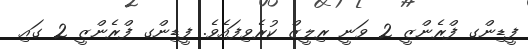
ފީޑިންގ ފްރެންޒީ 2 ވަނީ ރިލީޒް ކުރެވިފައެވެ. ފީޑިންގ ފްރެންޒީ 2 ގައި